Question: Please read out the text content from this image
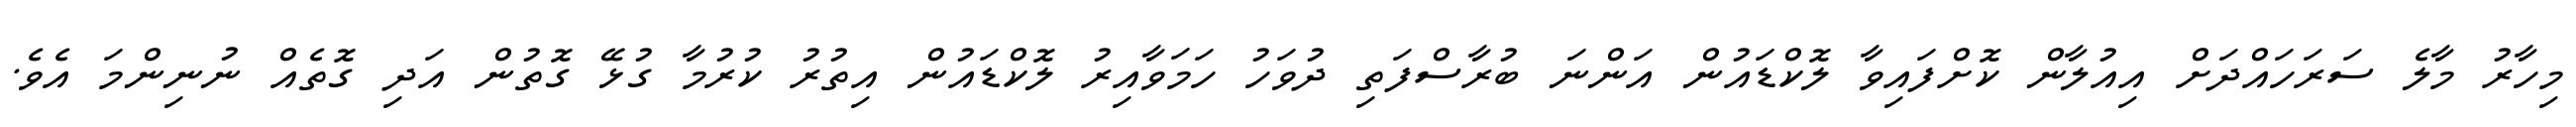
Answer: މިހާރު މާލެ ސަރަހައްދަށް އިއުލާން ކޮށްފައިވާ ލޮކްޑައުން އަންނަ ބުރާސްފަތި ދުވަހު ހަމަވާއިރު ލޮކްޑައުން އިތުރު ކުރުމާ ގުޅޭ ގޮތުން އަދި ގޮތެއް ނުނިންމަ އެވެ.